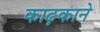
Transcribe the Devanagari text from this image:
काढ़काने